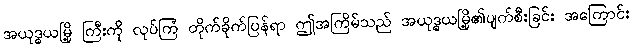
အယုဒ္ဓယမြို့ ကြီးကို လုပ်ကြံ တိုက်ခိုက်ပြန်ရာ ဤအကြိမ်သည် အယုဒ္ဓယမြို့၏ပျက်စီးခြင်း အကြောင်း